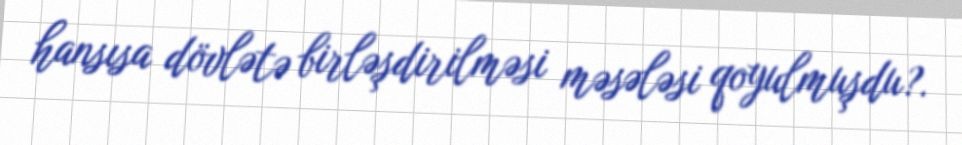
hansısa dövlətə birləşdirilməsi məsələsi qoyulmuşdu?.